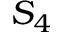
S _ { 4 }